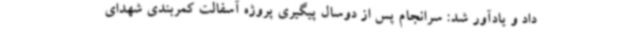
داد و یادآور شد: سرانجام پس از دوسال پیگیری پروژه آسفالت کمربندی شهدای